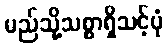
မည်သို့သစ္စာရှိသင့်ပုံ